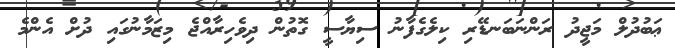
ޢަބުދުލް މަޖީދު ރަންނަބަނޑޭރި ކިލެގެފާނު ސިޔާސީ ގޮތުން ދިވެހިރާއްޖެ މިޒަމާނުގައި ދުށް އެންމެ